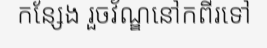
កន្សែង រួចវ័ណ្ឌនៅកពីរទៅ